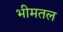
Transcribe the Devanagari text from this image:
भीमतल